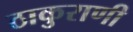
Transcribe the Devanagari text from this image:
ठाकुराणी